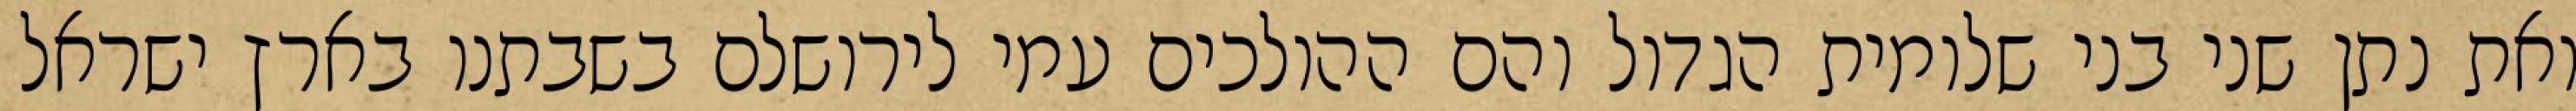
ואת נתן שני בני שלומית הגדול והם ההולכים עמי לירושלם בשבתנו בארץ ישראל